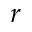
r